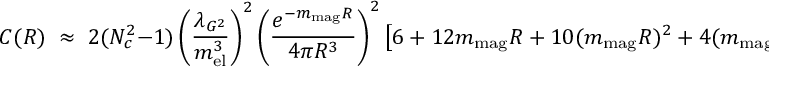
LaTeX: C ( R ) \; \approx \; 2 ( N _ { c } ^ { 2 } - 1 ) \left( { \frac { \lambda _ { G ^ { 2 } } } { m _ { \mathrm { e l } } ^ { 3 } } } \right) ^ { 2 } \left( { \frac { e ^ { - m _ { \mathrm { m a g } } R } } { 4 \pi R ^ { 3 } } } \right) ^ { 2 } \left[ 6 + 1 2 m _ { \mathrm { m a g } } R + 1 0 ( m _ { \mathrm { m a g } } R ) ^ { 2 } + 4 ( m _ { \mathrm { m a g } } R ) ^ { 3 } \right]